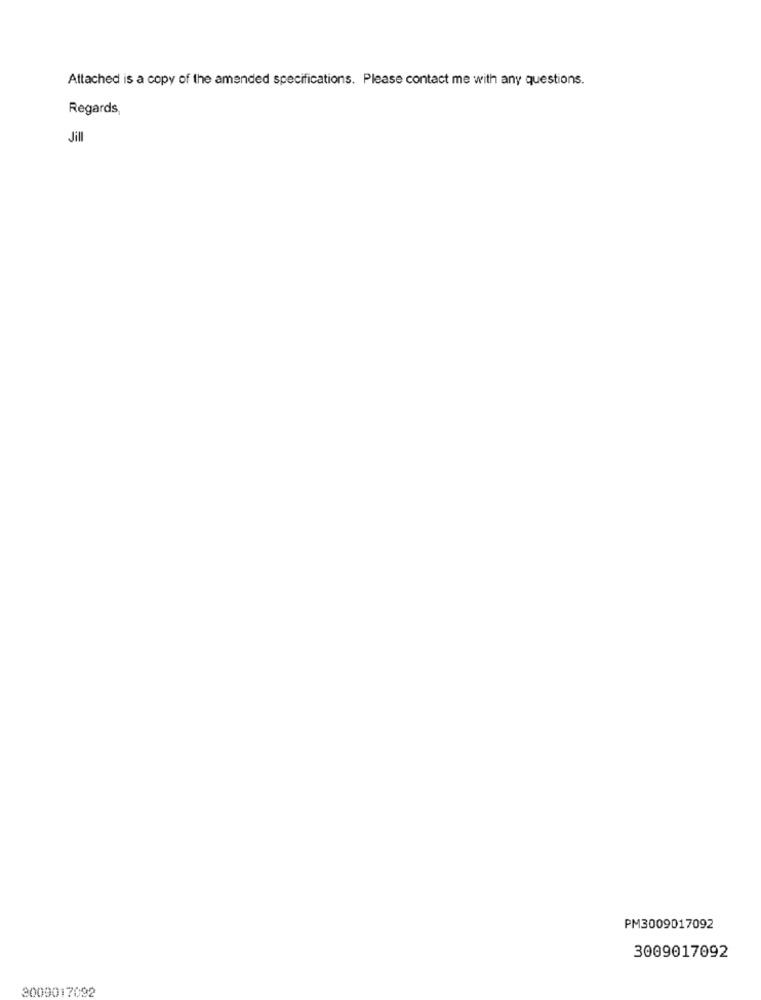
Attached is a copy of the amended specifications. Please contact me with any questions.
Regards,
Jill
PM3009017092
3009017092
3009017092